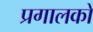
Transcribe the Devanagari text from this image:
प्रगालकों